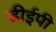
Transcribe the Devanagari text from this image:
डीईपी